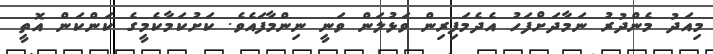
މިއަދު މެންދުރު ނަމާދަށްފަހު އެދެމަފިރިން ވަޅުލަން ވަނީ ނިންމާފައެވެ. ކަށުކަމާކެމީގެ ކަންކަން އޮތީ